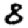
Digit: 8